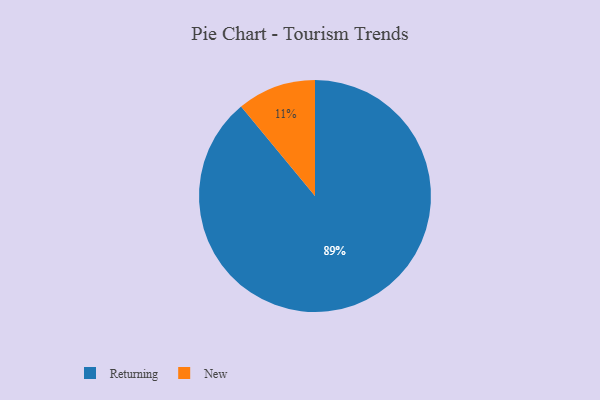
{"axis": {"x": "Category", "y": "Percentage"}, "legend": ["New", "Returning"], "data": [{"x": "Returning", "y": 89, "type": "Returning"}, {"x": "New", "y": 11, "type": "New"}]}